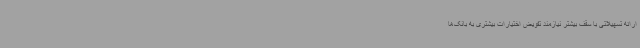
ارائه تسهیلاتی با سقف بیشتر نیازمند تفویض اختیارات بیشتری به بانک‌ها